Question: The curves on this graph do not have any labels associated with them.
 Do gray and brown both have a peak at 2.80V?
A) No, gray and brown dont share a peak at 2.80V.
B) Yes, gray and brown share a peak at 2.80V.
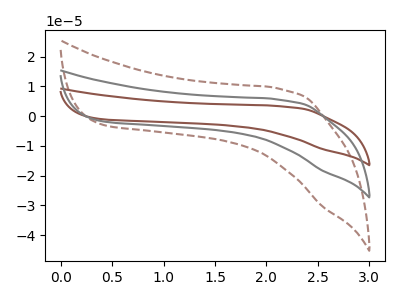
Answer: <think>The brown curve "brown" has no peaks. The brown dashed curve "brown dashed" has no peaks. The gray curve "gray" has no peaks.</think>
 <answer>A) No, "gray" and "brown" dont share a peak at 2.80V.</answer>
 <eval>A</eval>